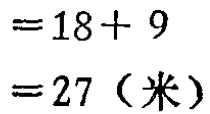
$=18 + 9\\=27（米）$